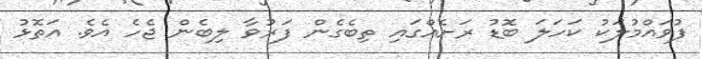
ފުވައްމުލަކު ކަހަލަ ބޮޑު ރަށެއްގައި ތިބެގެން ފަރުވާ ލިބެން ޖެހެ އެވެ. އަތޮޅު